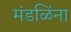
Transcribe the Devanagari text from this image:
मंडळिंना